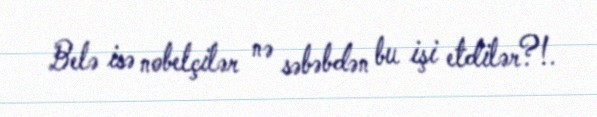
Belə isə nobelçilər nə səbəbdən bu işi etdilər?!.